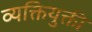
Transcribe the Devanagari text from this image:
व्यक्तियुक्ती